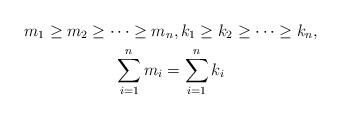
LaTeX: \begin{gather*} m_1\geq m_2\geq \cdots \geq m_n,k_1\geq k_2\geq \cdots \geq k_n, \\ \sum_{i=1}^nm_i= \sum_{i=1}^nk_i\end{gather*}